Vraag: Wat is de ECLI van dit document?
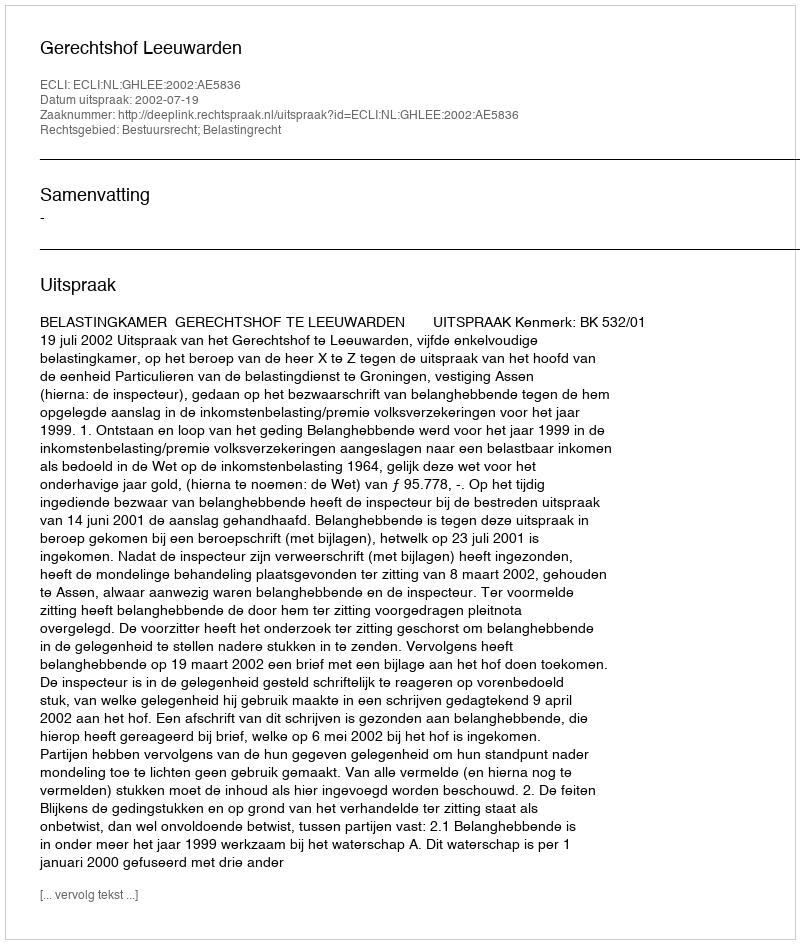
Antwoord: ECLI:NL:GHLEE:2002:AE5836